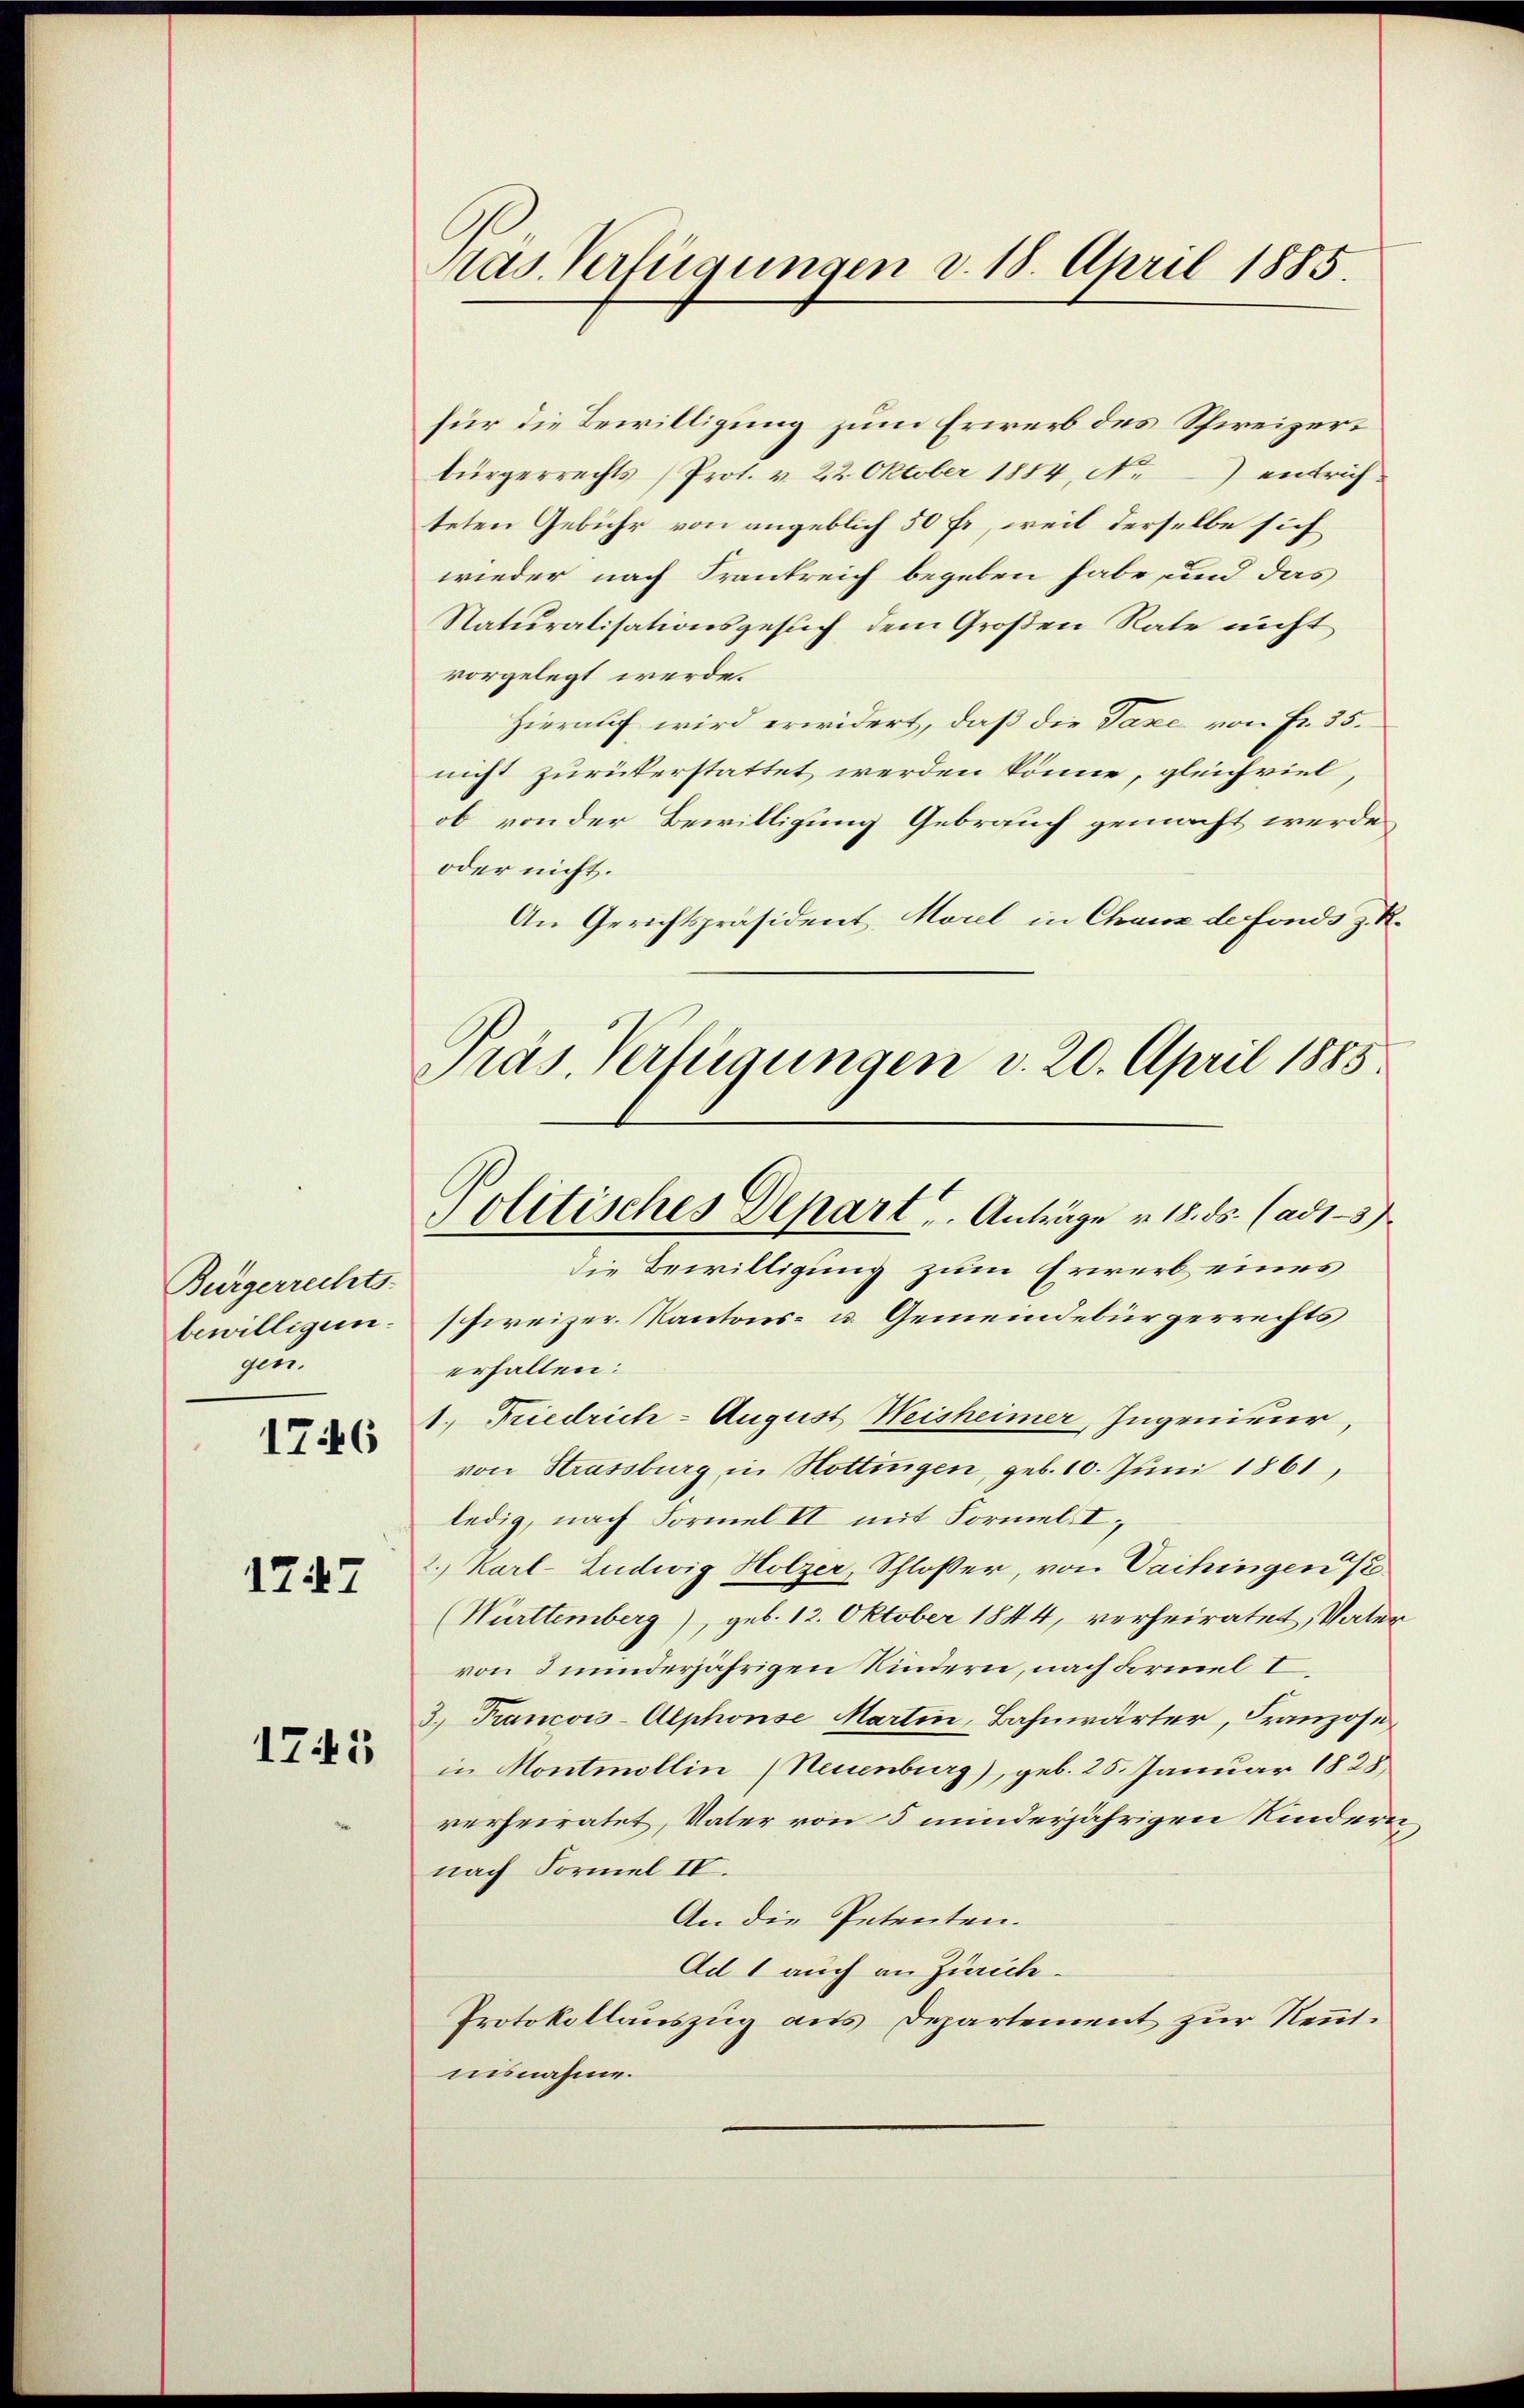
Bürgerrechts-
bewilligen.
gen.
1746

1747

1743

Das Verfügungen d. 18. April 1885.

für die Bewilligung zum Erwerb des Schweizerbürgerrechts (Prot. v. 22. Oktober 1884, No. entrichteten Gebühr von angeblich 50 fr., weil derselbe sich
wieder nach Frankreich begeben habe, und das
Naturalisationsgesuch dem Großen Rate nicht
vorgelegt werde.
Hierauf wird erwidert, daß die Taxe von Fr. 35.
nicht zurükerstattet werden könne, gleichviel,
ob von der Bewilligung Gebrauch gemacht werde
oder nicht.
An Gerichtspräsident, Morel in Chaux de Fonds z. R.
Präs. Verfügungen v. 20. April 1885.

Politisches Depart u. Anträge v. 18. ds. (ad1-37

die Bewilligung zum Erwerb eines
schweizer. Kantons- u. Gemeindebürgerrechts
erhalten:
1. Friedrich-August Weisheimer, Ingenieur,
von Strassburg in Hottingen, geb. 10. Juni 1861,
ledig, nach Formel II mit Formel I
2. Karl-Ludwig Holzer, Schlosser, von Vaihingen /
(Württemberg), geb. 12. Oktober 1844, verheiratet, Vater
von 3 minderjährigen Kindern, nach Formel I
3.) Francois-Alphonse Martin, Bahnwärter, Franzose
in Montmollin (Neuenburg), geb. 25. Januar 1825
verheiratet, Vater von 5 minderjährigen Kindern
nach Formel IV.
An die Petenten.
Ad 1 auch an Zürich.
Protokollauszug aus Departement zur Renntnisnahme.